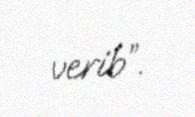
verib”.